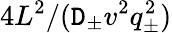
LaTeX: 4L^{2}/(\mathtt{D}_{\pm}v^{2}q_{\pm}^{2})